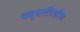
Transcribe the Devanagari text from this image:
पद्धतीशीर